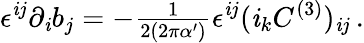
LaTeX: \epsilon^{\mathit{i}j}\partial_{\mathit{i}}b_{j}=-{\textstyle\frac{{1}}{{2(2\pi\alpha^{\prime})}}}\epsilon^{\mathit{i}j}(\mathit{i}_{k}C^{(3)})_{\mathit{i}j}\, .